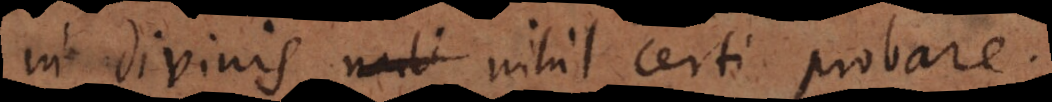
in divinis nihil certi probare.